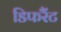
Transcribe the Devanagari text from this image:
डिफरैंट